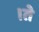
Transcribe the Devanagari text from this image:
।ते